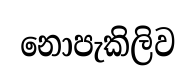
නොපැකිලිව